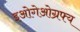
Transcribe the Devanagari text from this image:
इओगेओग्रफ्य